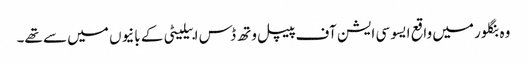
وہ بنگلور میں واقع ایسو سی ایشن آف پیپل وتھ ڈس ابیلیٹی کے بانیوں میں سے تھے۔